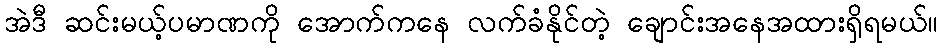
အဲဒီ ဆင်းမယ့်ပမာဏကို အောက်ကနေ လက်ခံနိုင်တဲ့ ချောင်းအနေအထားရှိရမယ်။